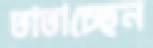
তাতাচ্ছেন